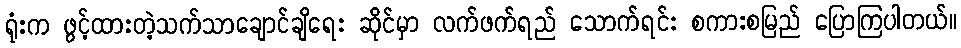
ရုံးက ဖွင့်ထားတဲ့သက်သာချောင်ချိရေး ဆိုင်မှာ လက်ဖက်ရည် သောက်ရင်း စကားစမြည် ပြောကြပါတယ်။